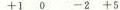
+1 0 -2 +5